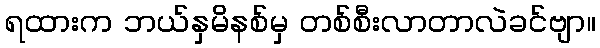
ရထားက ဘယ်နှမိနစ်မှ တစ်စီးလာတာလဲခင်ဗျာ။